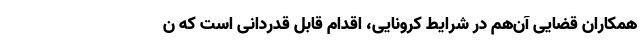
همکاران قضایی آن‌هم در شرایط کرونایی، اقدام قابل قدردانی است که ن